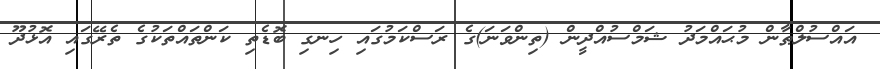
އައްސުލްޠާން މުޙައްމަދު ޝަމްސުއްދީން (ތިންވަނަ)ގެ ރަސްކަމުގައި ހިނގި ބޮޑެތި ކަންތައްތަކުގެ ތެރޭގައި އޮޅުދޫ